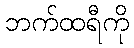
ဘက်ထရီကို